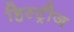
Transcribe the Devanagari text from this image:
हिस्ट्रीज